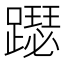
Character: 𨆙